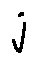
j